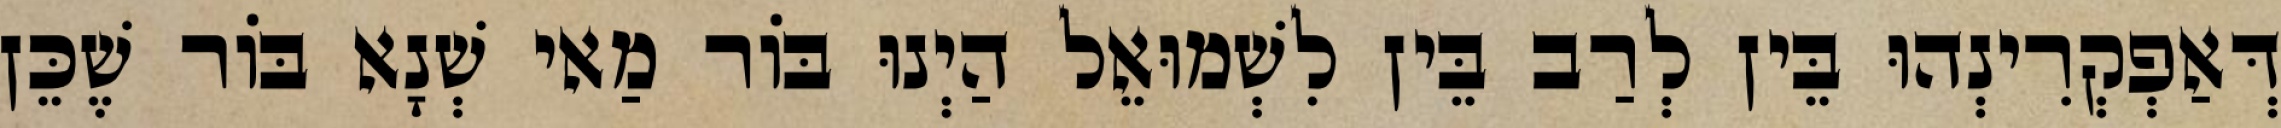
דְּאַפְקְרִינְהוּ בֵּין לְרַב בֵּין לִשְׁמוּאֵל הַיְנוּ בּוֹר מַאי שְׁנָא בּוֹר שֶׁכֵּן